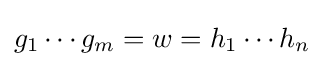
g_{1}\cdots g_{m}=w=h_{1}\cdots h_{n}